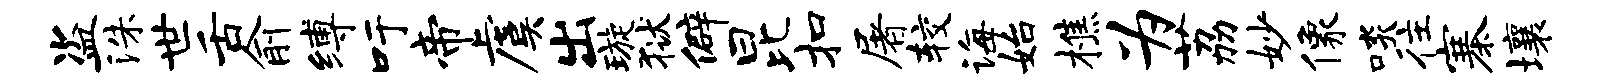
盗洙世舌俞缚吁帝虞出璇狱僻昆扣屠较诲始樵为荔妙像啖往寨壤